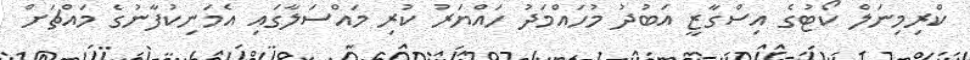
ކްރިމިނަލް ކޯޓުގެ އިސްގާޒީ އަބުދު މުހައްމަދު ހައްޔަރު ކުރި މައްސަލާގައި އެމަނިކުފާނުގެ މައްޗަށް